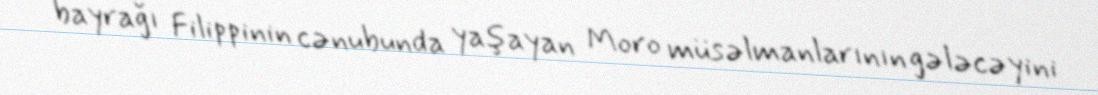
bayrağı Filippinin cənubunda yaşayan Moro müsəlmanlarının gələcəyini